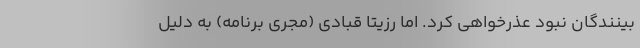
بینندگان نبود عذرخواهی کرد. اما رزیتا قبادی (مجری برنامه) به دلیل